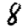
Digit: 8